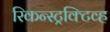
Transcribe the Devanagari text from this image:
रिकन्स्ट्रक्टिव्ह